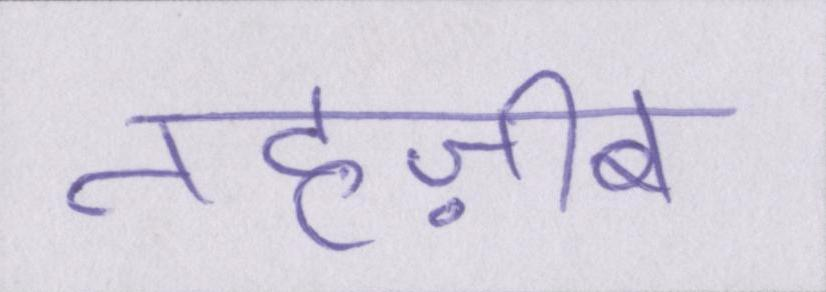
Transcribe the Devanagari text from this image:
तहज़ीब